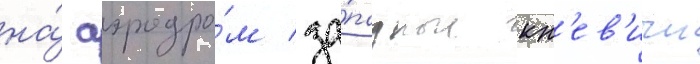
на́ аэродро́м за́падные кн'ев'ичи